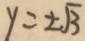
y = \pm \sqrt { 3 }